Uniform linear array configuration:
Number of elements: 4
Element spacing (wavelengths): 0.75
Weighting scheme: kaiser
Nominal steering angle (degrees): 60
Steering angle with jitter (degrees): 58.527
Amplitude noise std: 0.05
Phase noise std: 0.05

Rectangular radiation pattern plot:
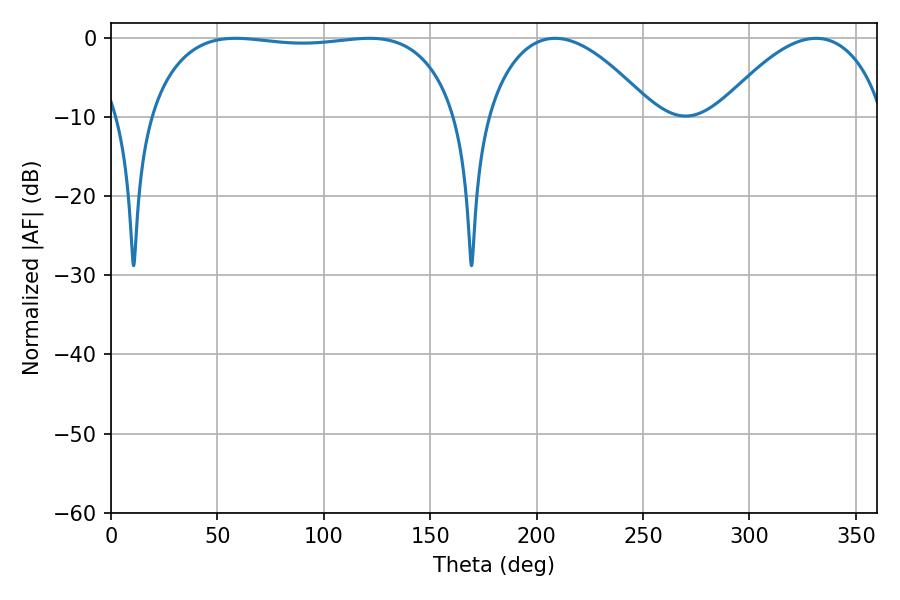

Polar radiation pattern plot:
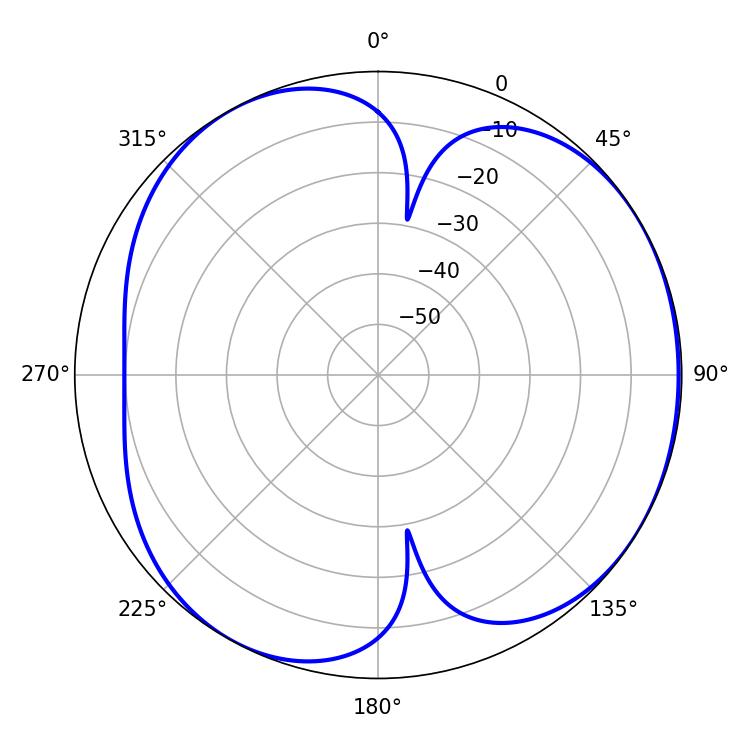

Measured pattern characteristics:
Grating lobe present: TRUE
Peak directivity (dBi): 4.574
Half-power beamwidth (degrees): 115.2
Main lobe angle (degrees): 58.5